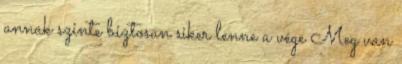
annak szinte biztosan siker lenne a vége Meg van